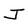
Character: J